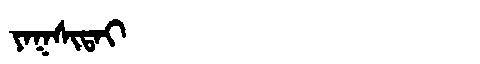
Manchu: ᠶᠠᡴᠰᡳᡨᠠᡳ
Romanization: YAKSITAI